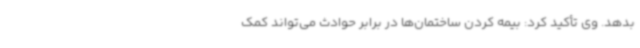
بدهد. وی تأکید کرد: بیمه کردن ساختمان‌ها در برابر حوادث می‌تواند کمک